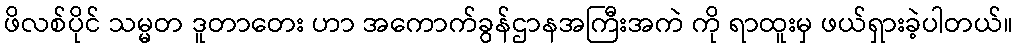
ဖိလစ်ပိုင် သမ္မတ ဒူတာတေး ဟာ အကောက်ခွန်ဌာနအကြီးအကဲ ကို ရာထူးမှ ဖယ်ရှားခဲ့ပါတယ်။